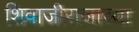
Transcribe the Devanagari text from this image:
शिवाजीराजाच्या